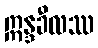
ဣန္ဒခီလဿ